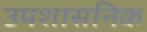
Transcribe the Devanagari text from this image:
उपशासनिक